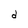
Character: d